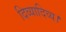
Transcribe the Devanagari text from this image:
दिव्यादिव्य।